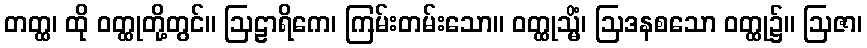
တတ္ထ၊ ထို ဝတ္ထုတို့တွင်။ ဩဠာရိကေ၊ ကြမ်းတမ်းသော။ ဝတ္ထုသ္မိံ၊ ဩဒနစသော ဝတ္ထု၌။ ဩဇာ၊